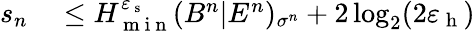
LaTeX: \begin{array}{rl}{s_{n}}&{{}\leq H_{\mathrm{~m~i~n~}}^{\varepsilon_{\mathrm{~s~}}}(B^{n}|E^{n})_{\sigma^{n}}+2\log_{2}(2\varepsilon_{\mathrm{~h~}})}\end{array}